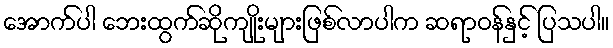
အောက်ပါ ဘေးထွက်ဆိုကျိုးများဖြစ်လာပါက ဆရာဝန်နှင့် ပြသပါ။